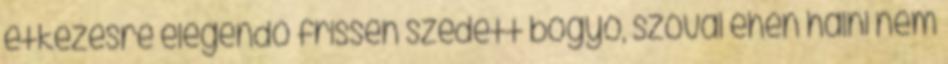
étkezésre elegendő frissen szedett bogyó, szóval éhen halni nem